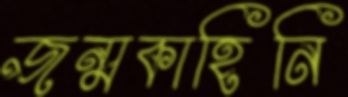
জন্মকাহিনি